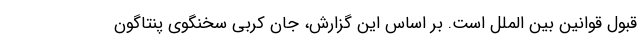
قبول قوانین بین الملل است. بر اساس این گزارش، جان کربی سخنگوی پنتاگون